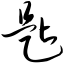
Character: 匙